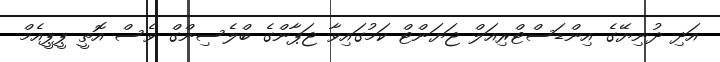
އަދި ދުނިޔޭގެ އިންޑަސްޓްރިއަލް ޖަޔަންޓް ކަމުގައިވާ ޖަޕާންގެ ބްލެސިންގް ވެސް އޮތީ ޕީޕީއެމް